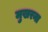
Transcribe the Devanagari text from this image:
मुखरना